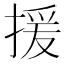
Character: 援